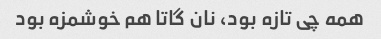
همه چی تازه بود، نان گاتا هم خوشمزه بود